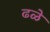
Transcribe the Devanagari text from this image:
ढळे